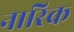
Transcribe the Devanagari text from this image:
नारिक